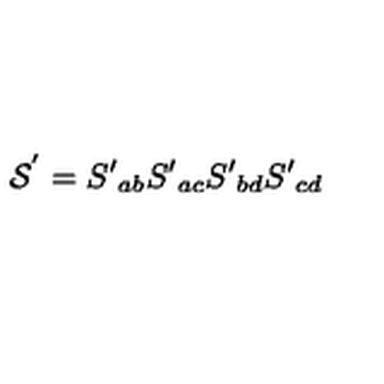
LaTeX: { \cal S } ^ { ' } = S { ' } _ { a b } S { ' } _ { a c } S { ' } _ { b d } S { ' } _ { c d }